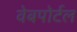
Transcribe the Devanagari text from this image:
वेबपोर्टल